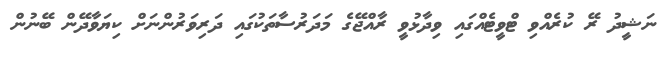
ނަޝީދު ރޭ ކުރެއްވި ޓްވީޓެއްގައި ވިދާޅުވީ ރާއްޖޭގެ މަދަރުސާތަކުގައި ދަރިވަރުންނަށް ކިޔަވާދޭން ބޭނުން